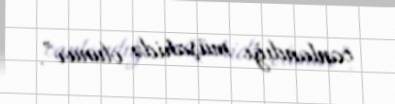
canlandığı müşahidə olunur”.